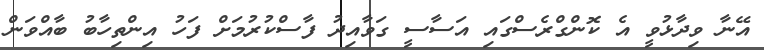
އޭނާ ވިދާޅުވީ އެ ކޮންގްރެސްގައި އަސާސީ ގަވާއިދު ފާސްކުރުމަށް ފަހު އިންތިހާބު ބާއްވަން